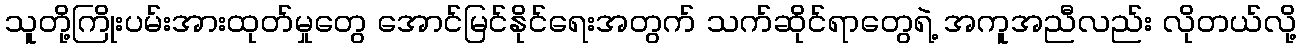
သူတို့ကြိုးပမ်းအားထုတ်မှုတွေ အောင်မြင်နိုင်ရေးအတွက် သက်ဆိုင်ရာတွေရဲ့ အကူအညီလည်း လိုတယ်လို့